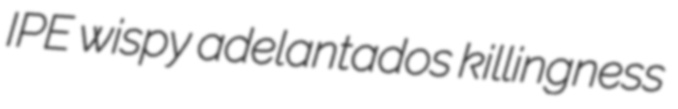
IPE wispy adelantados killingness